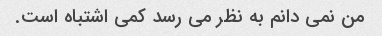
من نمی دانم به نظر می رسد کمی اشتباه است.